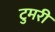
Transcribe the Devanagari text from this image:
टुमरी